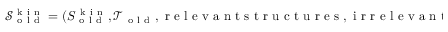
\begin{array} { r } { \mathcal { S } _ { \mathrm { ~ o ~ l ~ d ~ } } ^ { \mathrm { ~ k ~ i ~ n ~ } } = ( S _ { \mathrm { ~ o ~ l ~ d ~ } } ^ { \mathrm { ~ k ~ i ~ n ~ } } , \mathcal { T } _ { \mathrm { ~ o ~ l ~ d ~ } } , \mathrm { ~ r ~ e ~ l ~ e ~ v ~ a ~ n ~ t ~ s ~ t ~ r ~ u ~ c ~ t ~ u ~ r ~ e ~ s ~ } , \mathrm { ~ i ~ r ~ r ~ e ~ l ~ e ~ v ~ a ~ n ~ t ~ s ~ t ~ r ~ u ~ c ~ t ~ u ~ r ~ e ~ s ~ } , \mathrm { ~ e ~ v ~ a ~ l ~ } , * _ { \mathrm { ~ l ~ i ~ f ~ t ~ } } , \mathcal { M } _ { \mathrm { ~ o ~ l ~ d ~ } } ) . } \end{array}